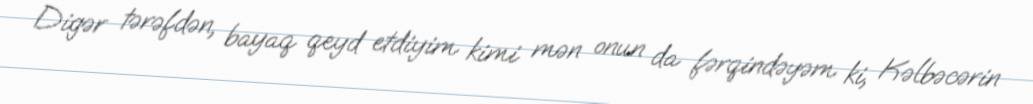
Digər tərəfdən, bayaq qeyd etdiyim kimi mən onun da fərqindəyəm ki, Kəlbəcərin